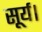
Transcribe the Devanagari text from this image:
सूर्य।